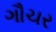
ગૌચર